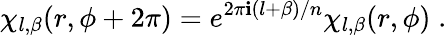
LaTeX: \chi_{l,\beta}(r,\phi+2\pi)=e^{2\pi\mathbf{i}(l+\beta)/n}\chi_{l,\beta}(r,\phi)\; .